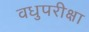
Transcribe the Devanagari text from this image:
वधुपरीक्षा